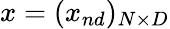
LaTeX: x=(x_{nd})_{N\times{D}}